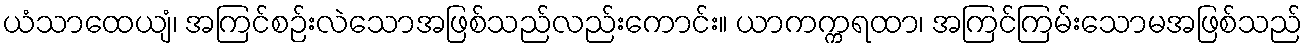
ယံသာထေယျံ၊ အကြင်စဉ်းလဲသောအဖြစ်သည်လည်းကောင်း။ ယာကက္ကရထာ၊ အကြင်ကြမ်းသောမအဖြစ်သည်